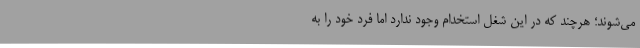
می‌شوند؛ هرچند که در این شغل استخدام وجود ندارد اما فرد خود را به